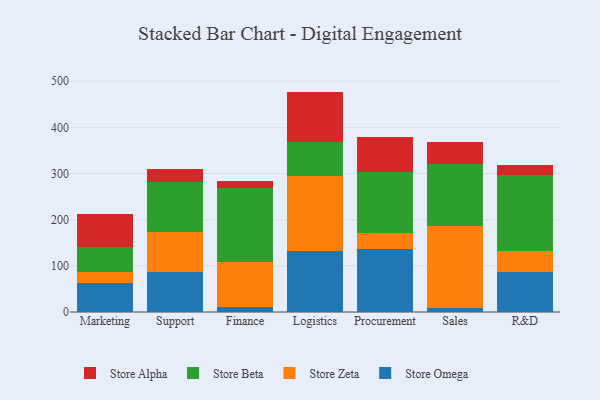
{"axis": {"x": "Department", "y": "Energy Usage (MWh)"}, "legend": ["Store Alpha", "Store Beta", "Store Omega", "Store Zeta"], "data": [{"x": "Marketing", "y": 62.6, "type": "Store Omega"}, {"x": "Marketing", "y": 23.0, "type": "Store Zeta"}, {"x": "Marketing", "y": 54.5, "type": "Store Beta"}, {"x": "Marketing", "y": 72.7, "type": "Store Alpha"}, {"x": "Support", "y": 87.7, "type": "Store Omega"}, {"x": "Support", "y": 86.2, "type": "Store Zeta"}, {"x": "Support", "y": 108.0, "type": "Store Beta"}, {"x": "Support", "y": 26.8, "type": "Store Alpha"}, {"x": "Finance", "y": 11.4, "type": "Store Omega"}, {"x": "Finance", "y": 96.8, "type": "Store Zeta"}, {"x": "Finance", "y": 161.1, "type": "Store Beta"}, {"x": "Finance", "y": 14.3, "type": "Store Alpha"}, {"x": "Logistics", "y": 132.2, "type": "Store Omega"}, {"x": "Logistics", "y": 162.3, "type": "Store Zeta"}, {"x": "Logistics", "y": 72.8, "type": "Store Beta"}, {"x": "Logistics", "y": 110.1, "type": "Store Alpha"}, {"x": "Procurement", "y": 137.0, "type": "Store Omega"}, {"x": "Procurement", "y": 33.5, "type": "Store Zeta"}, {"x": "Procurement", "y": 133.2, "type": "Store Beta"}, {"x": "Procurement", "y": 74.3, "type": "Store Alpha"}, {"x": "Sales", "y": 8.8, "type": "Store Omega"}, {"x": "Sales", "y": 177.0, "type": "Store Zeta"}, {"x": "Sales", "y": 134.5, "type": "Store Beta"}, {"x": "Sales", "y": 48.2, "type": "Store Alpha"}, {"x": "R&D", "y": 87.1, "type": "Store Omega"}, {"x": "R&D", "y": 44.6, "type": "Store Zeta"}, {"x": "R&D", "y": 164.2, "type": "Store Beta"}, {"x": "R&D", "y": 22.1, "type": "Store Alpha"}]}